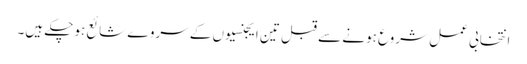
انتخابی عمل شروع ہونے سے قبل تین ایجنسیوں کے سروے شائع ہوچکے ہیں۔